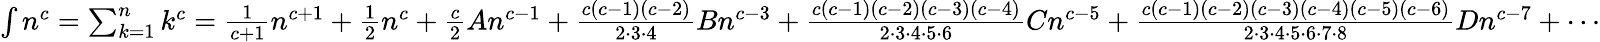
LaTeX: \textstyle\int n^{c}=\sum_{k=1}^{n}k^{c}={\frac{1}{c+1}}n^{c+1}+{\frac{1}{2}}n^{c}+{\frac{c}{2}}An^{c-1}+{\frac{c(c-1)(c-2)}{2\cdot 3\cdot 4}}Bn^{c-3}+{\frac{c(c-1)(c-2)(c-3)(c-4)}{2\cdot 3\cdot 4\cdot 5\cdot 6}}Cn^{c-5}+{\frac{c(c-1)(c-2)(c-3)(c-4)(c-5)(c-6)}{2\cdot 3\cdot 4\cdot 5\cdot 6\cdot 7\cdot 8}}Dn^{c-7}+\cdots